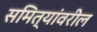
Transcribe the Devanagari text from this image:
समित्यांवरील